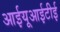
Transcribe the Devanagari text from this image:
आईयूआईटीई